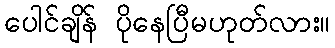
ပေါင်ချိန် ပိုနေပြီမဟုတ်လား။